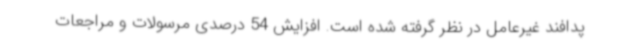
پدافند غیرعامل در نظر گرفته شده است. افزایش 54 درصدی مرسولات و مراجعات